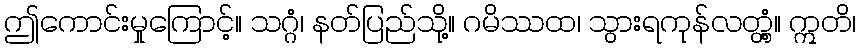
ဤကောင်းမှုကြောင့်။ သဂ္ဂံ၊ နတ်ပြည်သို့။ ဂမိဿထ၊ သွားရကုန်လတ္တံ့။ ဣတိ၊